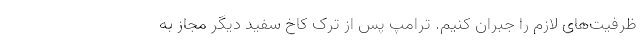
ظرفیت‌های لازم را جبران کنیم. ترامپ پس از ترک کاخ سفید دیگر مجاز به